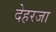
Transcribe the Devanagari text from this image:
देहरजा